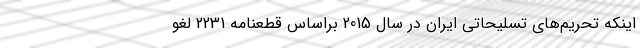
اینکه تحریم‌های تسلیحاتی ایران در سال 2015 براساس قطعنامه 2231 لغو